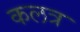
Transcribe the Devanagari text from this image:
कलत्र